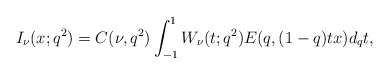
\begin{align*}I_{\nu}(x;q^2)= C(\nu,q^2)\int_{-1}^1 W_\nu(t;q^2) E(q, (1-q)tx) d_qt, \end{align*}